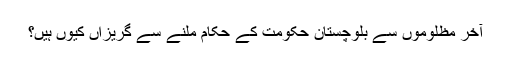
آخر مظلوموں سے بلوچستان حکومت کے حکام ملنے سے گریزاں کیوں ہیں؟